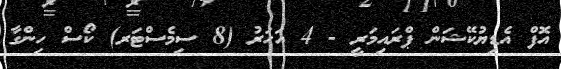
އޮފް އެޑިޔުކޭޝަން ޕްރައިމަރީ - 4 އަހަރު (8 ސިމެސްޓަރ) ކޯސް ހިންގާ